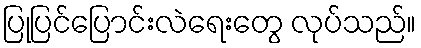
ပြုပြင်ပြောင်းလဲရေးတွေ လုပ်သည်။